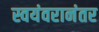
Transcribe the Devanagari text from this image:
स्वयंवरानंतर